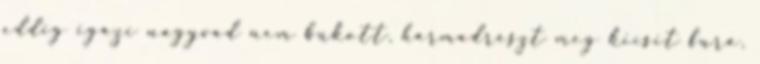
eddig igazi nagyvad nem bukott, harmadrészt meg kicsit fura,